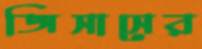
জিসাসের